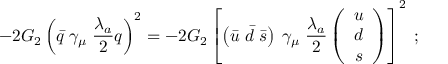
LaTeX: - 2 G _ { 2 } \left( \bar { q } \; \gamma _ { \mu } \; \frac { \lambda _ { a } } { 2 } q \right) ^ { 2 } = - 2 G _ { 2 } \left[ \left( \bar { u } \; \bar { d } \; \bar { s } \right) \; \gamma _ { \mu } \; \frac { \lambda _ { a } } { 2 } \left( \begin{array} { c } { { u } } \\ { { d } } \\ { { s } } \end{array} \right) \right] ^ { 2 } \; ;